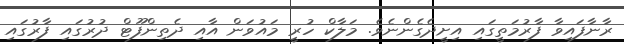
ރާނާފައިވާ ފާރުމަތީގައި އިށީދެގެންނެވެ. މަލާކް ހުރީ މައުވަން އާއި ދެތިންފޫޓް ދުރުގައި ފާރުގައި